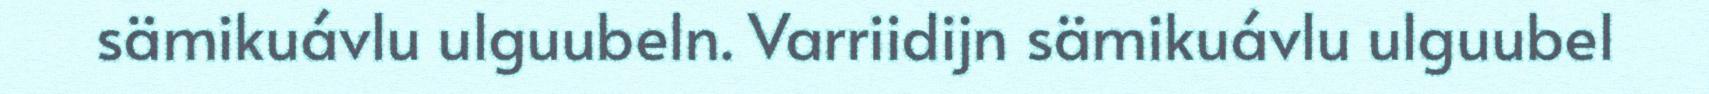
sämikuávlu ulguubeln. Varriidijn sämikuávlu ulguubel